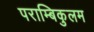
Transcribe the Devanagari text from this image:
पराम्बिकुलम